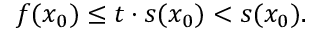
f ( x _ { 0 } ) \leq t \cdot s ( x _ { 0 } ) < s ( x _ { 0 } ) .